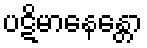
ပဋိမာနေန္တော